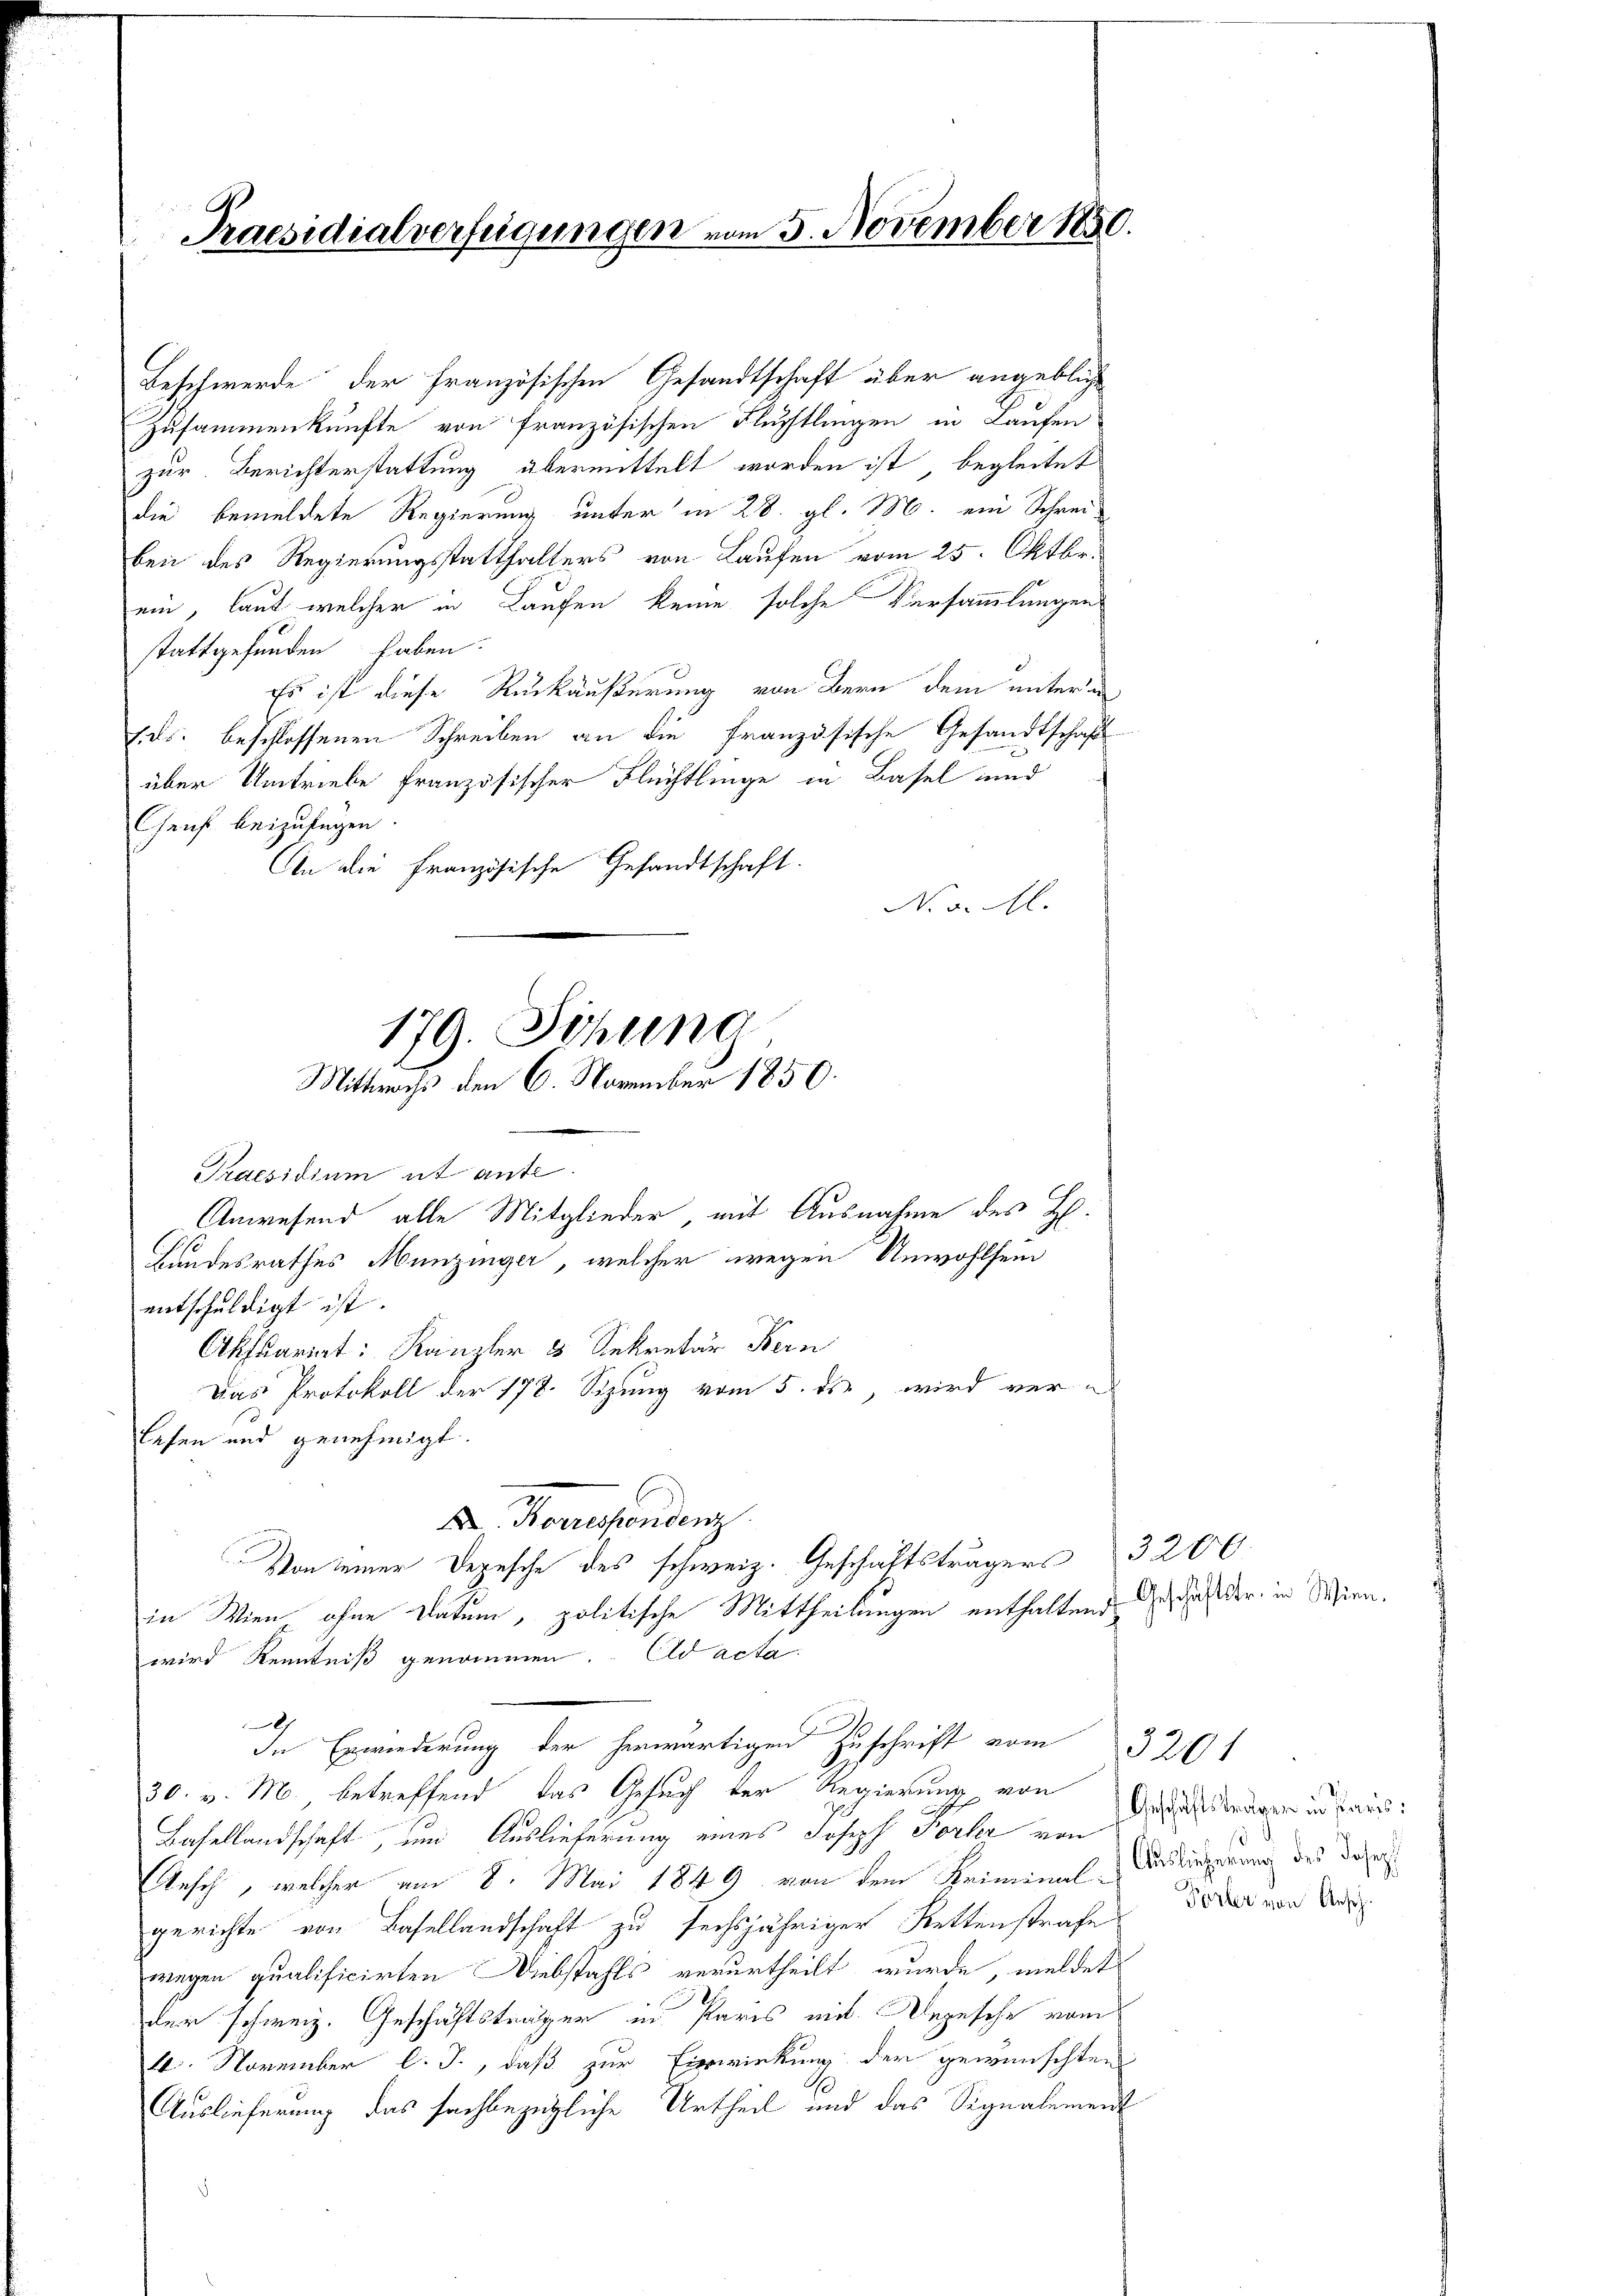
Praesidialverfügungen vom 3. November 1850

Beschwerde der Französischen Gesandtschaft über angebliche
Zusammenkünfte von französischen Fluchtlingen in Laufen
zur Berichterstattung übermittelt worden ist, begleitet
die bemeldete Regierung unter in 28. gl. M. ein Schrei-
ben des Regierungsstatthalters von Laufen vom 25. Oktbr.
ein, laut welcher in Laufen keine solche Versammlungen
stattgefunden haben.
Es ist diese Rückäußerung von Bern dem unter a
ses. beschlossenen Schreiben an die Französische Gesandtschafts
über Umtriebe französischer Flüchtlinge in Basel und
Chens beizufügen.
An die Französische Gesandtschaft.
N. v. M.
Praesidium ut ante.
Anwesend alle Mitglieder, mit Ausnahme des H.
Bundesrathes Munzinger, welcher wegen Unwohlsein
entschuldigt ist.
Aktuariat: Kanzler 3 Sekretär Bern
Das Protokoll der 178. Sizung vom 5. ds., wird verlesen und genehmigt.
X. Korrespondenz
Von einer Depesche des schweiz. Geschäftsträgers 3200
in Wien ohne Datum, politische Mittheilungen enthaltend
wird Kenntniß genommen. ad acta
2
In Erwiederung der herwärtigen Zuschrift vom 326t
30. v. M. betreffend das Gesuch der Regierung von
Basellandschaft, um Auslieferung eines Joseph Forter von
Ansch, welcher am 8. Mai 1849 von dem Heiminal Andringerung des daher
gerichte von Basellandschaft zu sechsjähriger Rettenstrafe
wegen qualificirten Diebstahls verurtheilt wurde, meldet
der schweiz. Geschäftsträger in Paris mit Wegesehe vom
1. November l. J., daß zur Einwirkung der gewünschten
1
Auslieferung das sachbezügliche Urtheil und das Signalement
.

179. Sitzung
Mittwochs den 6. November 1850.

Geschäftstr. in Wien

Geschäftsträgen in Paris;
Fürler von Ansch